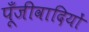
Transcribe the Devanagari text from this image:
पूँजीवादियों